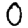
Digit: 0